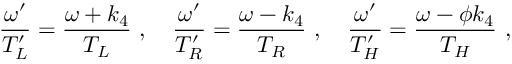
{ \frac { \omega ^ { \prime } } { T _ { L } ^ { \prime } } } = { \frac { \omega + k _ { 4 } } { T _ { L } } } \ , \quad { \frac { \omega ^ { \prime } } { T _ { R } ^ { \prime } } } = { \frac { \omega - k _ { 4 } } { T _ { R } } } \ , \quad { \frac { \omega ^ { \prime } } { T _ { H } ^ { \prime } } } = { \frac { \omega - \phi k _ { 4 } } { T _ { H } } } \ ,